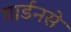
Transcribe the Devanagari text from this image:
गार्डनसे